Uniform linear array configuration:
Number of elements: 16
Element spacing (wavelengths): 1
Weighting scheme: exponential
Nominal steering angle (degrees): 0
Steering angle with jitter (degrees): -0.7551
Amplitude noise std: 0.05
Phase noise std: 0.05

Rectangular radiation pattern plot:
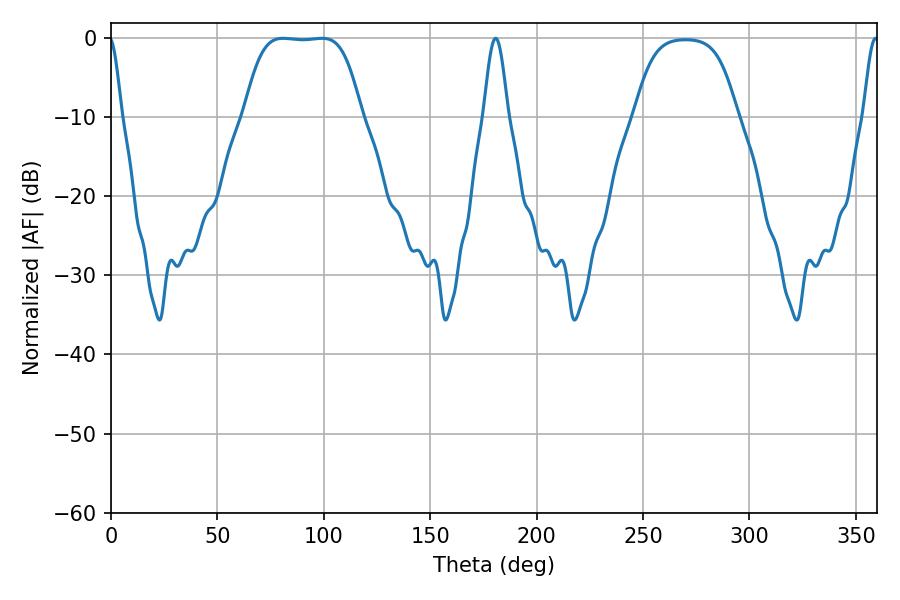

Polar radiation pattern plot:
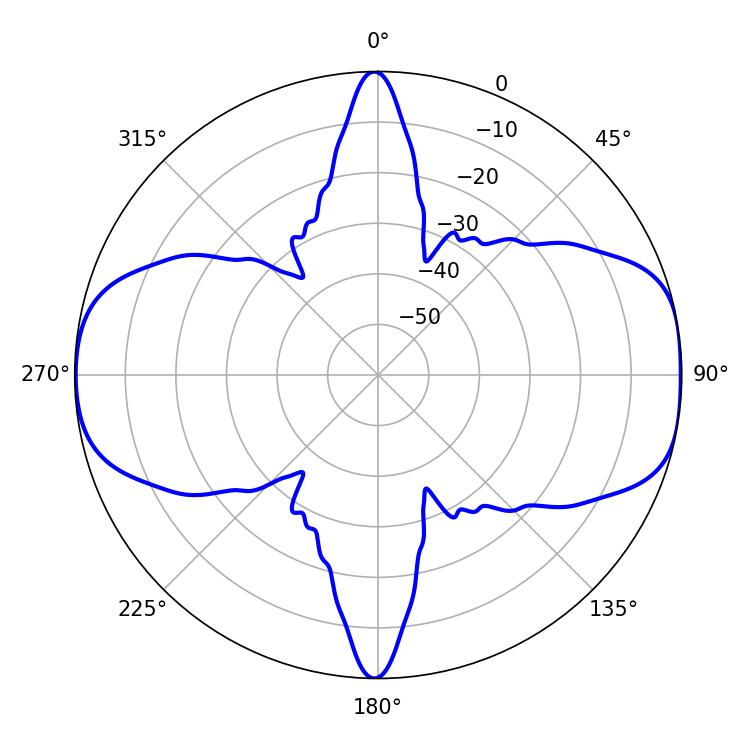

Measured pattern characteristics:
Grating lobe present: TRUE
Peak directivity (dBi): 10.827
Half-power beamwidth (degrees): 42.12
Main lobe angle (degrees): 80.82